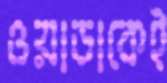
ওয়াডাকেই